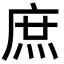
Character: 庶